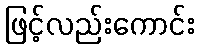
ဖြင့်လည်းကောင်း